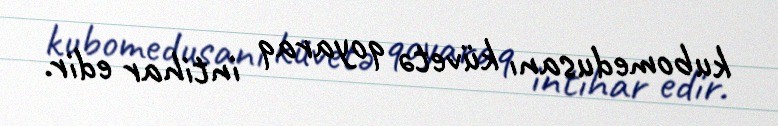
kubomedusanı küvetə qoyaraq intihar edir.